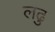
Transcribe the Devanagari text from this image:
लढु